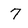
Character: 7